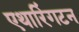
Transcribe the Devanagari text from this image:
एथारिंगटन